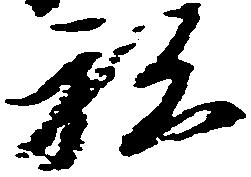
私